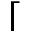
\lceil